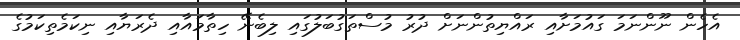
އެހެން ނޫންނަމަ ގައުމަށާއި ރައްޔިތުންނަށް ދުރު މުސްތަގުބަލުގައި ލިބެނޭ ހިތާމައާއި ދެރަޔާއި ނިކަމެތިކަމުގެ